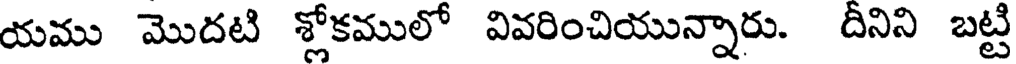
యము మొదటి శ్లోకములో వివరించియున్నారు. దీనిని బట్టి